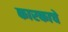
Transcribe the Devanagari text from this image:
कारकाचे